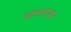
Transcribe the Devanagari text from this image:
जनगणा